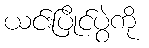
ယင်းပြိုင်ပွဲကို